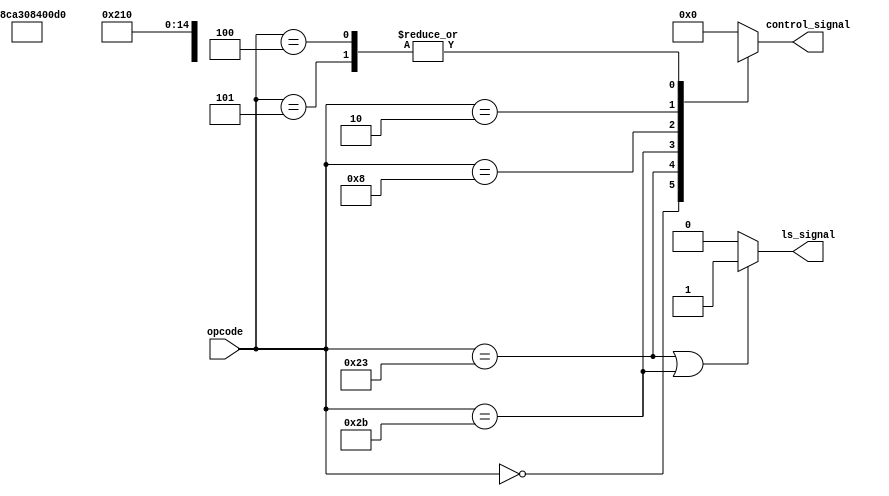
module control
	(
		input [5:0] opcode,
		output reg [10:0] control_signal,
		output ls_signal
		
	);
	
	// parameterized control signals
	parameter Jump = 				1'b1;	// bit 10
	parameter Branch = 			1'b1;	// bit 9
	parameter MemRead = 			1'b1;	// bit 8
	parameter MemWrite = 		1'b1;	// bit 7
	parameter Mem2Reg = 			1'b1;	// bit 6
	parameter ALUop_io = 		2'b00;// bit 5-4
	parameter ALUop_branch =	2'b01;
	parameter ALUop_R = 			2'b10;
	parameter ALUop_I = 			2'b11;
	parameter Exception =		1'b1;	// bit 3
	parameter ALUsrc = 			1'b1;	// bit 2
	parameter RegWrite = 		1'b1;	// bit 1
	parameter RegDst = 			1'b1;	// bit 0
	
	// parameterized opcode for instructions
	parameter addi = 6'd8;
	parameter lw = 6'd35;
	parameter sw = 6'd43;
	parameter j = 6'd2;
	parameter beq = 6'd4;
	parameter bne = 6'd5;
	parameter slti = 6'd10;
	parameter andi = 6'd12;
	parameter ori = 6'd13;
	parameter sb = 6'd40;

	
	initial control_signal = 11'd0;
	
	always @(opcode) begin
		case(opcode)
		// R-type
		6'd0: control_signal = {~Jump, ~Branch, ~MemRead, ~MemWrite, ~Mem2Reg, ALUop_R, ~Exception, ~ALUsrc, RegWrite, RegDst};
		
		// lw
		lw: control_signal = {~Jump, ~Branch, MemRead, ~MemWrite, Mem2Reg, ALUop_io, ~Exception, ALUsrc, RegWrite, ~RegDst};
		
		// sw
		sw: control_signal = {~Jump, ~Branch, ~MemRead, MemWrite, ~Mem2Reg, ALUop_io, ~Exception, ALUsrc, ~RegWrite, ~RegDst};
		
		// addi, andi, ori
		addi: control_signal = {~Jump, ~Branch, ~MemRead, ~MemWrite, ~Mem2Reg, ALUop_io, ~Exception, ALUsrc, RegWrite, ~RegDst};
		
		j: control_signal = {Jump, ~Branch, ~MemRead, ~MemWrite, ~Mem2Reg, 2'bx, ~Exception, ~ALUsrc, ~RegWrite, ~RegDst};
		
		// bne:
		bne: control_signal = {~Jump, Branch, ~MemRead, ~MemWrite, ~Mem2Reg, ALUop_branch, ~Exception, ~ALUsrc, ~RegWrite, ~RegDst};
		
		// beq:
		beq: control_signal = {~Jump, Branch, ~MemRead, ~MemWrite, ~Mem2Reg, ALUop_branch, ~Exception, ~ALUsrc, ~RegWrite, ~RegDst};
	
		// sll
		//sll: control_signal = {~Jump, ~Branch, ~MemRead, ~MemWrite, ~Mem2Reg, ALUop_R, ~Exception, ALUsrc, RegWrite, RegDst};
		
		// srl
		//srl: control_signal = {~Jump, ~Branch, ~MemRead, ~MemWrite, ~Mem2Reg, ALUop_R, ~Exception, ALUsrc, RegWrite, RegDst};
		default: control_signal = 11'd0;
		endcase
	end
	
	assign ls_signal = (opcode == lw || opcode == sw) ? 1 : 0;

endmodule